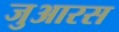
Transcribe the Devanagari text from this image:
जुआरस